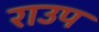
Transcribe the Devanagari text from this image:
राउप